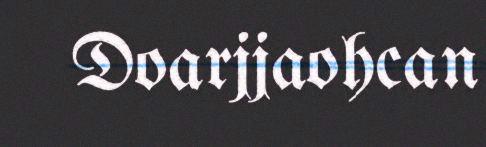
Doarjjaohcan